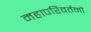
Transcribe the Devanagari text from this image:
महापरिवर्तनों